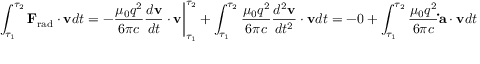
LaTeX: \int _ { \tau _ { 1 } } ^ { \tau _ { 2 } } \mathbf { F } _ { \mathrm { r a d } } \cdot \mathbf { v } d t = - { \frac { \mu _ { 0 } q ^ { 2 } } { 6 \pi c } } { \frac { d \mathbf { v } } { d t } } \cdot \mathbf { v } { \bigg | } _ { \tau _ { 1 } } ^ { \tau _ { 2 } } + \int _ { \tau _ { 1 } } ^ { \tau _ { 2 } } { \frac { \mu _ { 0 } q ^ { 2 } } { 6 \pi c } } { \frac { d ^ { 2 } \mathbf { v } } { d t ^ { 2 } } } \cdot \mathbf { v } d t = - 0 + \int _ { \tau _ { 1 } } ^ { \tau _ { 2 } } { \frac { \mu _ { 0 } q ^ { 2 } } { 6 \pi c } } \mathbf { \dot { a } } \cdot \mathbf { v } d t